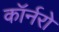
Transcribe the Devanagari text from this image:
कॉर्नरो